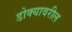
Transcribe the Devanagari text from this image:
डोक्‍यावरील